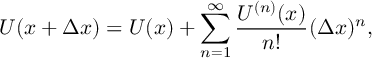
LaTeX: U ( x + \Delta x ) = U ( x ) + \sum _ { n = 1 } ^ { \infty } \frac { U ^ { ( n ) } ( x ) } { n ! } ( \Delta x ) ^ { n } ,